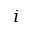
i